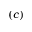
( c )